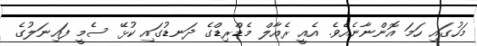
މަހުގައި ހަމަ އޮންނާނެއެވެ. އެއީ ރެއާލް މެޑްރިޑްގެ ދަނޑުގައި ކުޅޭ ސެމީ ފައިނަލުގެ